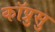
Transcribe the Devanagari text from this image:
कॉप्रुसु